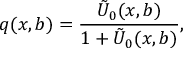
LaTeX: q ( x , b ) = \frac { \tilde { U } _ { 0 } ( x , b ) } { 1 + \tilde { U } _ { 0 } ( x , b ) } ,